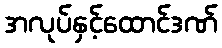
အလုပ်နှင့်ထောင်ဒဏ်